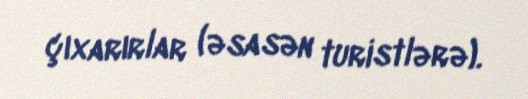
çıxarırlar (əsasən turistlərə).